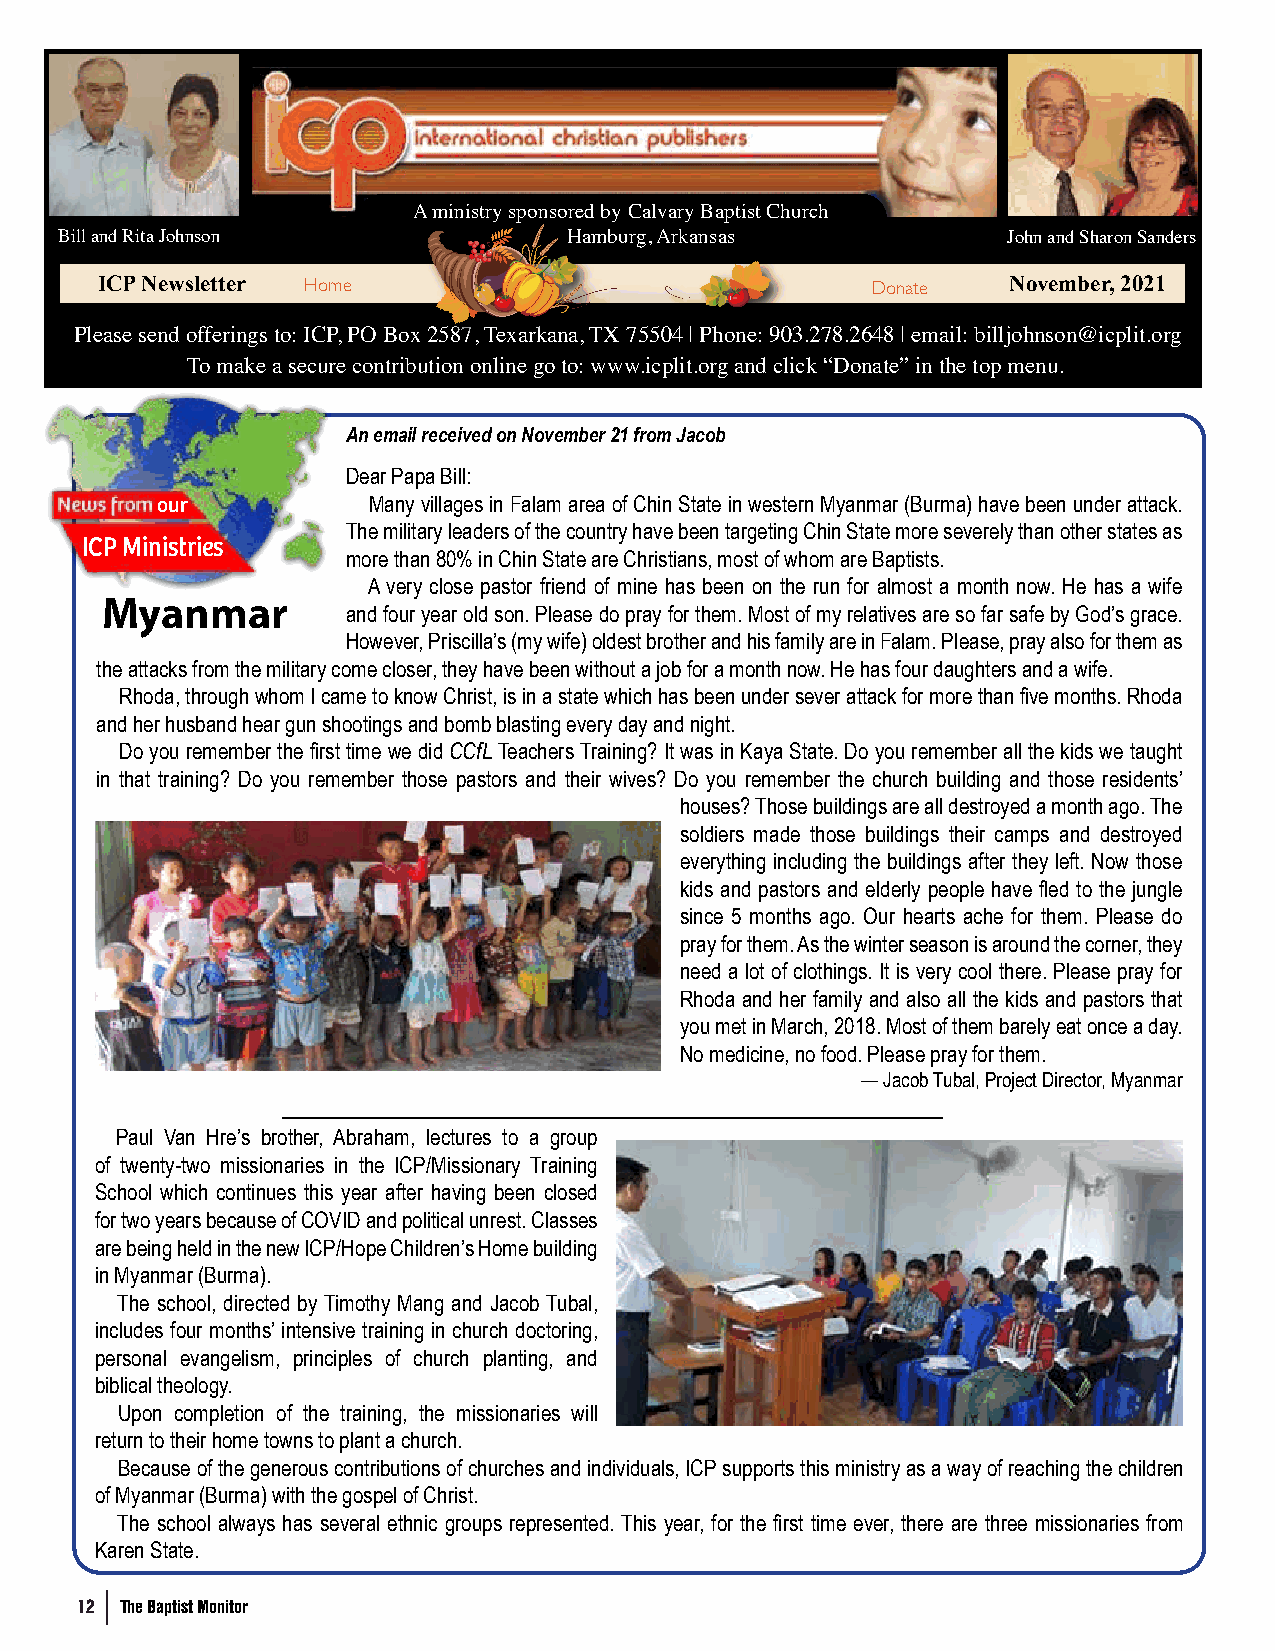
A ministry sponsored by Calvary Baptist Church
 Bill and Rita Johnson             Hamburg, Arkansas            John and Sharon Sanders
 ICP Newsletter Home                                 Donate   November, 2021
 Please send offerings to: ICP, PO Box 2587, Texarkana, TX 75504 | Phone: 903.278.2648 | email: billjohnson@icplit.org
 To make a secure contribution online go to: www.icplit.org and click “Donate” in the top menu.
 An email received on November 21 from Jacob
 Dear Papa Bill:
 our           Many villages in Falam area of Chin State in western Myanmar (Burma) have been under attack.
 The military leaders of the country have been targeting Chin State more severely than other states as
 ICP Ministries
 ICP Ministries   more than 80% in Chin State are Christians, most of whom are Baptists.
 A very close pastor friend of mine has been on the run for almost a month now. He has a wife
 Myanmar
 and four year old son. Please do pray for them. Most of my relatives are so far safe by God’s grace.
 However, Priscilla’s (my wife) oldest brother and his family are in Falam. Please, pray also for them as
 the attacks from the military come closer, they have been without a job for a month now. He has four daughters and a wife.
 Rhoda, through whom I came to know Christ, is in a state which has been under sever attack for more than five months. Rhoda
 and her husband hear gun shootings and bomb blasting every day and night.
 Do you remember the first time we did CCfL Teachers Training? It was in Kaya State. Do you remember all the kids we taught
 in that training? Do you remember those pastors and their wives? Do you remember the church building and those residents’
 houses? Those buildings are all destroyed a month ago. The
 soldiers made those buildings their camps and destroyed
 everything including the buildings after they left. Now those
 kids and pastors and elderly people have fled to the jungle
 since 5 months ago. Our hearts ache for them. Please do
 pray for them. As the winter season is around the corner, they
 need a lot of clothings. It is very cool there. Please pray for
 Rhoda and her family and also all the kids and pastors that
 you met in March, 2018. Most of them barely eat once a day.
 No medicine, no food. Please pray for them.
 — Jacob Tubal, Project Director, Myanmar
 Paul Van Hre’s brother, Abraham, lectures to a group
 of twenty-two missionaries in the ICP/Missionary Training
 School which continues this year after having been closed
 for two years because of COVID and political unrest. Classes
 are being held in the new ICP/Hope Children’s Home building
 in Myanmar (Burma).
 The school, directed by Timothy Mang and Jacob Tubal,
 includes four months’ intensive training in church doctoring,
 personal evangelism, principles of church planting, and
 biblical theology.
 Upon completion of the training, the missionaries will
 return to their home towns to plant a church.
 Because of the generous contributions of churches and individuals, ICP supports this ministry as a way of reaching the children
 of Myanmar (Burma) with the gospel of Christ.
 The school always has several ethnic groups represented. This year, for the first time ever, there are three missionaries from
 Karen State.
 12 The Baptist Monitor